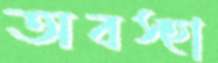
অবস্হা